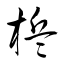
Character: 梹